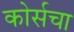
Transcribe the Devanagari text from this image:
कोर्सचा